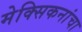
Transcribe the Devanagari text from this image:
मेक्सिकनांचा